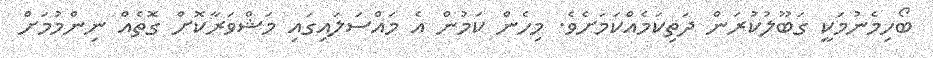
ބޯހިމެނުމަކީ ގަބޫލުކުރަން ދަތިކަމެއްކަމަށެވެ. މިހެން ކަމުން އެ މައްސަލައިގައި މަޝްވަރާކޮށް ގޮތެއް ނިންމުމަށް